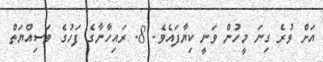
އަށް ވުރެ ގިނަ މީހުން ވަނީ ކިޔާފައެވެ. 8. ރައިހާނާގެ ފަހުގެ ވަސިއްޔަތް